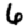
Digit: 6